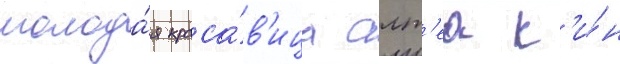
молода́я краса́в'ица алт'еа к'и́н